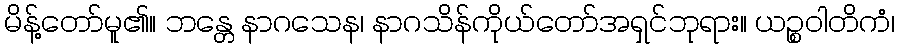
မိန့်တော်မူ၏။ ဘန္တေ နာဂသေန၊ နာဂသိန်ကိုယ်တော်အရှင်ဘုရား။ ယဉ္စဝါတိကံ၊